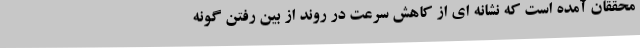
محققان آمده است که نشانه ای از کاهش سرعت در روند از بین رفتن گونه